Reports on dispensaries and lunatic asylums in the Province of Oudh - 1869-1876
Year: 1869
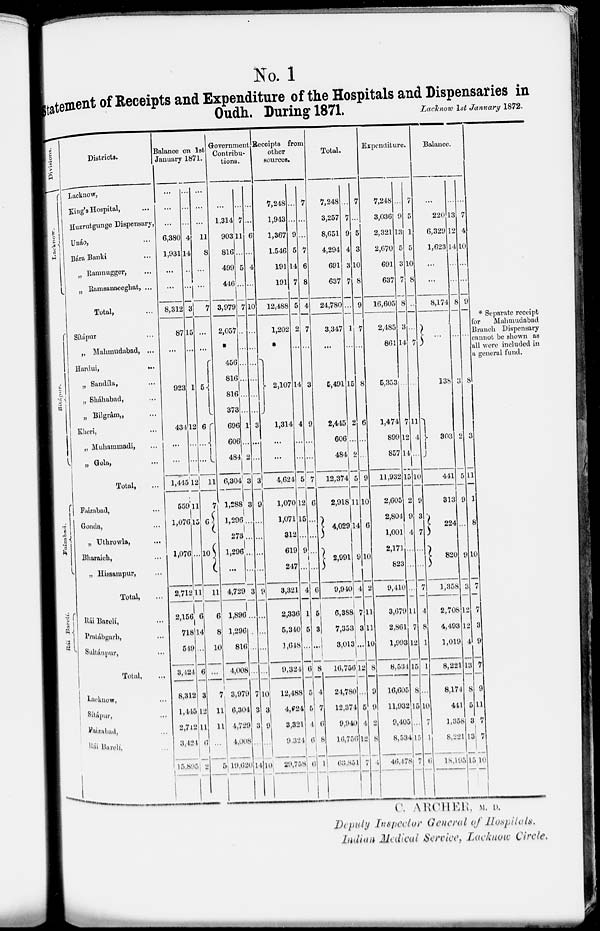
No. 1
Statement of Receipts and Expenditure of the Hospitals and Dispensaries in
Oudh. During 1871.
Lacknow
1st January 1872.
* Separate receipt
for Muhmudabad
Branch Dispensary
cannot be shown as
all were included in
a general fund.
Divisions.
Lacknow.
Sítárpur.
Faizabad.
Rái Bareli.
Districts.
Lacknow,
King's Hospital, ...
Huzrutgunge Dispensary,
Unáo, ...
Bára Banki ...
„ Ramnugger, ...
„ Ramsanieghat, ...
Total, ...
Sítápur ...
„ Mahmudabad, ...
Hardui,
...
„ Sandíla, ...
„ Sháhabad, ...
„ Bilgrâm „ ...
Kheri, ...
„ Muhammadi, ...
„ Gola, ...
Total, ...
Faizabad, ...
Gonda, ...
„ Uthrowla, ...
Bharaich, ...
„ Hissampur, ...
Total, ...
Rái Barelí, ...
Pratábgarh, ...
Sultánpur, ...
Total, ...
Lucknow, ...
Sítápur, ...
Faizabad, ...
Rái Bareli, ...
Balance on 1st
January 1871.
...
...
...
6,380
1,931
...
...
8,312
87
...
923
434
...
...
1,445
559
1,076
1,076
2,712
2,156
718
549
3,424
8,312
1,445
2,712
3,424
15,895
...
...
...
4
14
..
...
3
15
...
1
12
...
...
12
11
15
...
11
6
14
...
6
3
12
11
6
2
...
...
...
11
8
...
...
7
...
...
5
6
...
...
11
7
6
10
11
6
8
10
...
7
11
11
...
5
Government
Contribu-
tions.
...
1,314
903
816
499
446
3,979
2,057
*
456
816
816
373
696
606
484
6,304
1,288
1,296
273
1,296
...
4,729
1,896
1,296
816
4,008
3,979
6,304
4,729
4,008
19,620
...
7
11
...
5
...
7
..
...
...
...
...
...
1
...
2
3
3
...
...
...
...
3
...
...
...
...
7
3
3
...
14
...
...
6
...
4
...
10
...
...
...
...
...
...
3
..
..
3
9
...
...
..
..
9
...
...
...
...
10
3
9
...
10
Receipts from
other
sources.
7,248
1,943
1,367
1,546
191
191
12,488
1,202
*
2,107
1,314
...
...
4,624
1,070
1,071
312
619
247
3,321
2,336
5,340
1,648
9,324
12,488
4,624
3,321
9,324
29,758
...
...
9
5
14
7
5
2
...
14
4
...
...
5
12
15
...
9
...
4
1
5
...
6
5
5
4
6
6
7
...
...
7
6
8
4
7
...
3
9
...
...
7
6
...
...
...
...
6
5
3
...
8
4
7
6
8
1
Total.
7,248
3,257
8,651
4,294
691
637
24,780
3,347
...
5,494
2,445
606
484
12,374
2,918
4,029
2,991
9,940
6,388
7,353
3,013
16,756
24,780
12,37
9,940
16,756
63,851
...
7
9
4
3
7
...
1
...
15
2
...
2
5
11
14
9
4
7
3
...
12
...
4
4
12
7
7
...
5
3
10
8
9
7
...
8
6
...
...
9
10
6
10
2
11
11
10
8
9
5
2
8
4
Expenditure.
7,248
3,036
2,321
2,670
691
637
16,605
2,485
861
5,353
1,474
899
857
11,932
2,605
2,804
1,001
2,171
823
9,410
3,679
2,861
1,993
8,534
16,605
11,932
9,405
8,534
46,478
...
9
13
5
3
7
8
3
14
...
7
12
14
15
2
9
4
..
...
...
11
7
12
15
8
15
...
15
7
7
5
1
5
10
8
...
...
7
...
11
4
...
10
9
3
7
...
...
7
4
8
1
1
...
10
7
1
6
Balance.
...
220
6,329
1,623
...
...
8,174
...
138
303
441
313
224
820
1358
2,708
4,493
1,019
8,221
8,174
441
1,358
8,221
18,195
...
13
12
14
...
...
8
...
3
2
5
9
...
9
3
12
12
4
13
8
5
8
13
15
...
7
4
10
...
...
9
...
8
3
11
1
8
10
7
7
3
9
7
9
11
3
7
10
C. ARCHER, M.D.
Deputy Inspector General of Hospitals.
Indian Medical Service, Lacknow Circle.